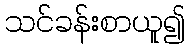
သင်ခန်းစာယူ၍